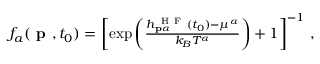
\begin{array} { r } { f _ { a } ( \textbf { p } , t _ { 0 } ) = \left[ \exp \left( \frac { h _ { \mathbf { p } \alpha } ^ { \mathrm { ~ H ~ F ~ } } ( t _ { 0 } ) - \mu ^ { \alpha } } { k _ { B } T ^ { \alpha } } \right) + 1 \right] ^ { - 1 } \, , } \end{array}